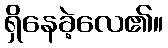
ရှိနေခဲ့လေ၏။